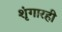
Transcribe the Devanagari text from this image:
शृंगारही